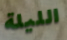
الليلة